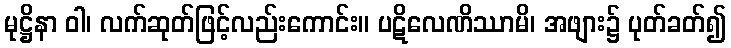
မုဋ္ဌိနာ ဝါ၊ လက်ဆုတ်ဖြင့်လည်းကောင်း။ ပဋိလေဏိဿာမိ၊ အဖျား၌ ပုတ်ခတ်၍